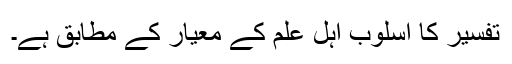
تفسیر کا اسلوب اہل علم کے معیار کے مطابق ہے۔